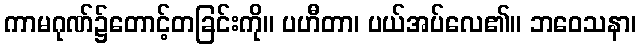
ကာမဂုဏ်၌တောင့်တခြင်းကို။ ပဟီတာ၊ ပယ်အပ်လေ၏။ ဘဝေသနာ၊